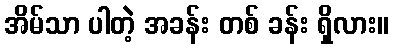
အိမ်သာ ပါတဲ့ အခန်း တစ် ခန်း ရှိလား။